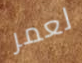
لعمر